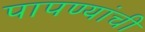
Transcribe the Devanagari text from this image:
पापण्यांची